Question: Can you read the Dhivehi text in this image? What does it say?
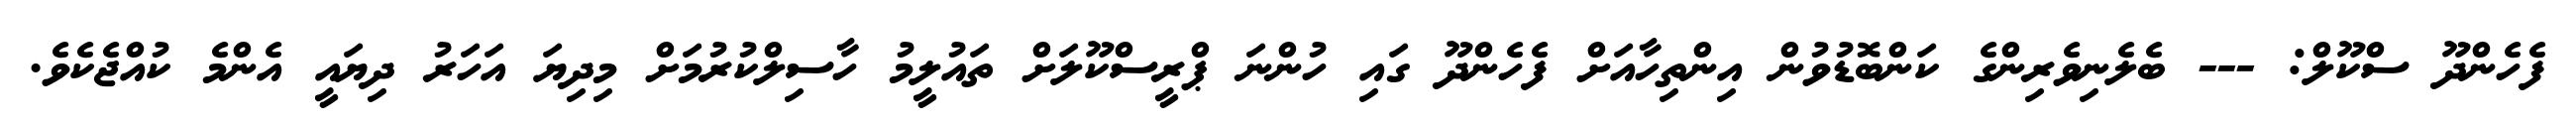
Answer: ފެހެންދޫ ސްކޫލް: --- ބެލެނިވެރިންގެ ކަންބޮޑުވުން އިންތިހާއަށް ފެހެންދޫ ގައި ހުންނަ ޕްރީސްކޫލަށް ތައުލީމު ހާސިލްކުރުމަށް މިދިޔަ އަހަރު ދިޔައީ އެންމެ ކުއްޖެކެވެ.